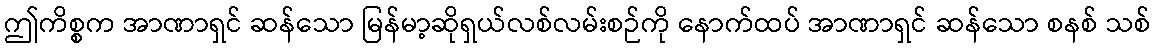
ဤကိစ္စက အာဏာရှင် ဆန်သော မြန်မာ့ဆိုရှယ်လစ်လမ်းစဉ်ကို နောက်ထပ် အာဏာရှင် ဆန်သော စနစ် သစ်